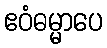
ဧဝံဓမ္မာပေ